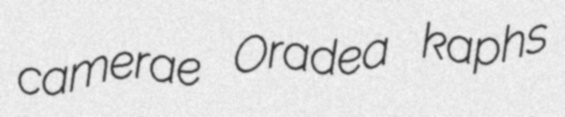
camerae Oradea kaphs